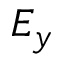
E _ { y }